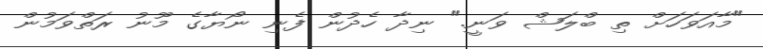
"މާއަވަހަށް ތި ބްލަޝް ވަނީ." ނިދާ ހެދުން ފެނި ނޯޔާގެ މޫނު ރަތްވަމުން